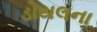
ડોયલના